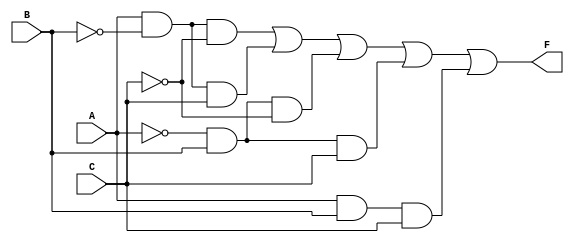
module three_variable_kmap (
    input wire A,   // Input variable A
    input wire B,   // Input variable B
    input wire C,   // Input variable C
    output wire F   // Output F
);

// Implementing the simplified Boolean expression from the K-map
assign F = (A & ~B & ~C) | (A & ~B & C) | (~A & B & ~C) | (~A & B & C) | (A & B & C);

endmodule